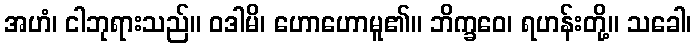
အဟံ၊ ငါဘုရားသည်။ ဝဒါမိ၊ ဟောဟောမူ၏။ ဘိက္ခဝေ၊ ရဟန်းတို့။ သခေါ၊